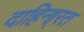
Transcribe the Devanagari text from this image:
दाहिना्रत